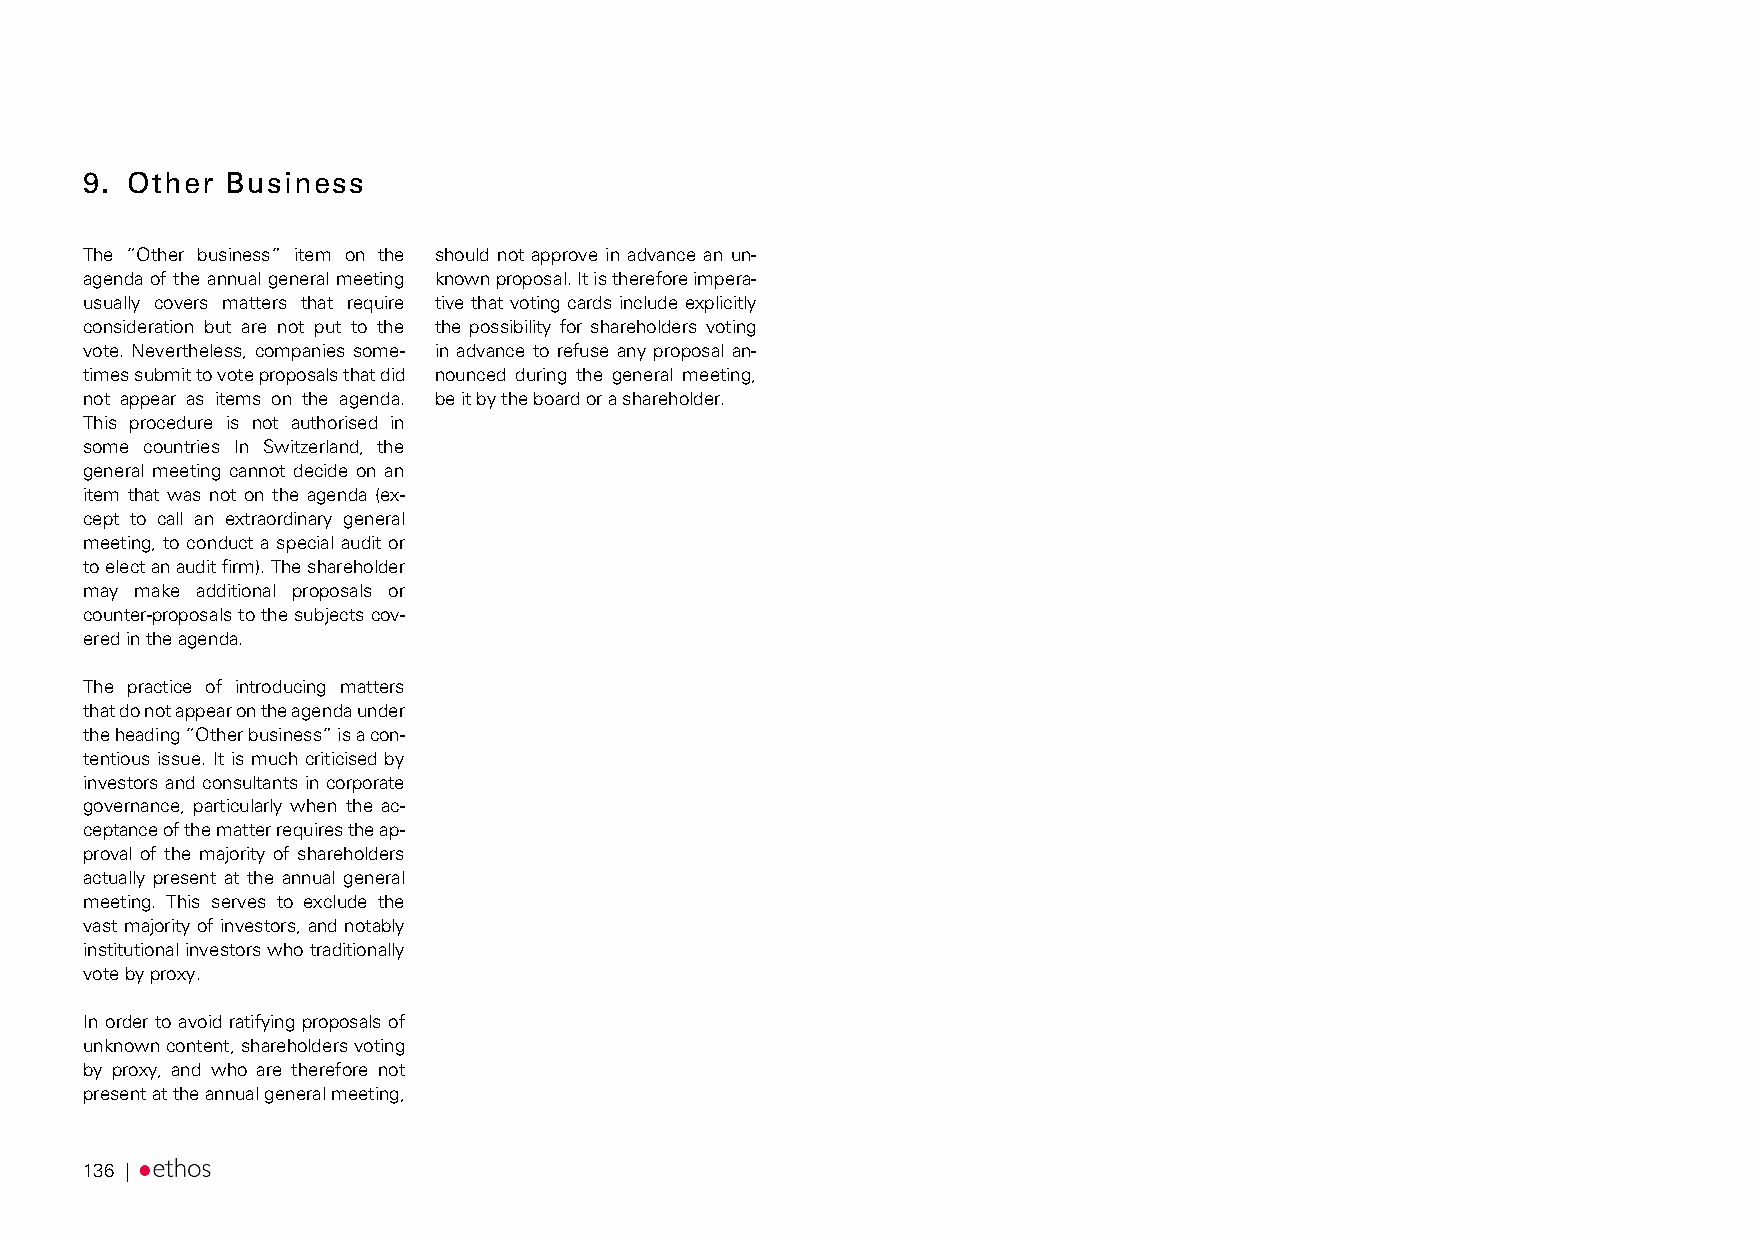
9. Other  Business
 The “Other business” item on the should not approve in advance an un-
 agenda of the annual general meeting known proposal. It is therefore impera-
 usually covers matters that require tive that voting cards include explicitly
 consideration but are not put to the the possibility for shareholders voting
 vote. Nevertheless, companies some- in advance to refuse any proposal an-
 times submit to vote proposals that did nounced during the general meeting,
 not appear as items on the agenda. be it by the board or a shareholder.
 This procedure is not authorised in
 some countries In Switzerland, the
 general meeting cannot decide on an
 item that was not on the agenda (ex-
 cept to call an extraordinary general
 meeting, to conduct a special audit or
 to elect an audit firm). The shareholder
 may make additional proposals or
 counter-proposals to the subjects cov-
 ered in the agenda.
 The practice of introducing matters
 that do not appear on the agenda under
 the heading “Other business” is a con-
 tentious issue. It is much criticised by
 investors and consultants in corporate
 governance, particularly when the ac-
 ceptance of the matter requires the ap-
 proval of the majority of shareholders
 actually present at the annual general
 meeting. This serves to exclude the
 vast majority of investors, and notably
 institutional investors who traditionally
 vote by proxy.
 In order to avoid ratifying proposals of
 unknown content, shareholders voting
 by proxy, and who are therefore not
 present at the annual general meeting,
 136 |